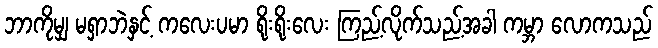
ဘာကိုမျှ မရှာဘဲနှင့် ကလေးပမာ ရိုးရိုးလေး ကြည့်လိုက်သည့်အခါ ကမ္ဘာ လောကသည်